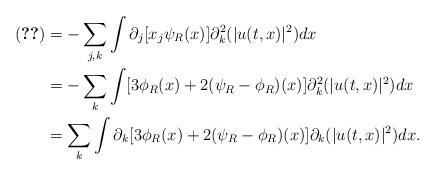
LaTeX: \begin{align*}\eqref{term-2-mora} &= -\sum_{j,k} \int \partial_j [x_j \psi_R(x)] \partial^2_k (|u(t,x)|^2) dx \\&= -\sum_k \int [3\phi_R(x) + 2(\psi_R-\phi_R)(x)] \partial^2_k (|u(t,x)|^2) dx \\&= \sum_k \int \partial_k [3\phi_R(x) + 2(\psi_R-\phi_R)(x)] \partial_k (|u(t,x)|^2) dx. \end{align*}